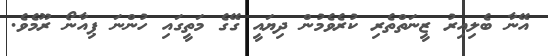
އޭނާ ބެލިއިރު ޒީނަތްތެރި ކުރެވެމުން ދިޔައީ ގޭގެ މަތީގައި ހުންނަ ޕިއާނޯ ރޫމެވެ.